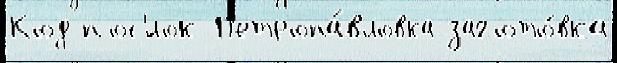
Код пос'́лок П'етропа́вловка загото́вка